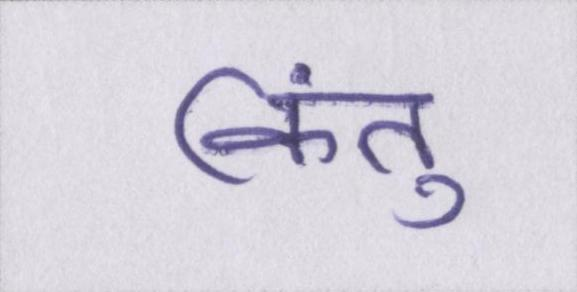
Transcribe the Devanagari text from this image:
किंतु